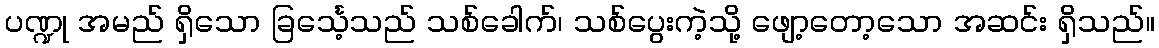
ပဏ္ဍု အမည် ရှိသော ခြင်္သေ့သည် သစ်ခေါက်၊ သစ်ပွေးကဲ့သို့ ဖျော့တော့သော အဆင်း ရှိသည်။